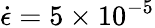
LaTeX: \dot{\epsilon}=5\times 10^{-5}